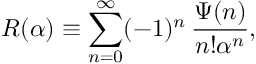
R ( \alpha ) \equiv \sum _ { n = 0 } ^ { \infty } ( - 1 ) ^ { n } \, \frac { \Psi ( n ) } { n ! \alpha ^ { n } } ,